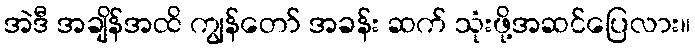
အဲဒီ အချိန်အထိ ကျွန်တော် အခန်း ဆက် သုံးဖို့အဆင်ပြေလား။